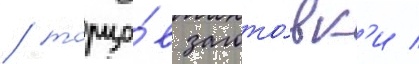
/ торцо́в загото́вк'и /